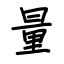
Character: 量